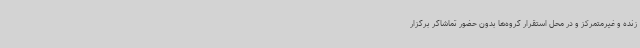
زنده و غیرمتمرکز و در محل استقرار گروه‌ها بدون حضور تماشاگر برگزار